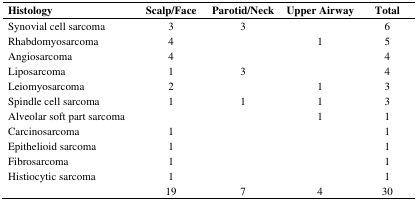
<table><thead><tr><td><b>Histology</b></td><td><b>Scalp/Face</b></td><td><b>Parotid/Neck</b></td><td><b>Upper Airway</b></td><td><b>Total</b></td></tr></thead><tbody><tr><td>Synovial cell sarcoma</td><td>3</td><td>3</td><td></td><td>6</td></tr><tr><td>Rhabdomyosarcoma</td><td>4</td><td></td><td>1</td><td>5</td></tr><tr><td>Angiosarcoma</td><td>4</td><td></td><td></td><td>4</td></tr><tr><td>Liposarcoma</td><td>1</td><td>3</td><td></td><td>4</td></tr><tr><td>Leiomyosarcoma</td><td>2</td><td></td><td>1</td><td>3</td></tr><tr><td>Spindle cell sarcoma</td><td>1</td><td>1</td><td>1</td><td>3</td></tr><tr><td>Alveolar soft part sarcoma</td><td></td><td></td><td>1</td><td>1</td></tr><tr><td>Carcinosarcoma</td><td>1</td><td></td><td></td><td>1</td></tr><tr><td>Epithelioid sarcoma</td><td>1</td><td></td><td></td><td>1</td></tr><tr><td>Fibrosarcoma</td><td>1</td><td></td><td></td><td>1</td></tr><tr><td>Histiocytic sarcoma</td><td>1</td><td></td><td></td><td>1</td></tr><tr><td></td><td>19</td><td>7</td><td>4</td><td>30</td></tr></tbody></table>